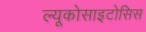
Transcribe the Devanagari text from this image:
ल्यूकोसाइटोसिस